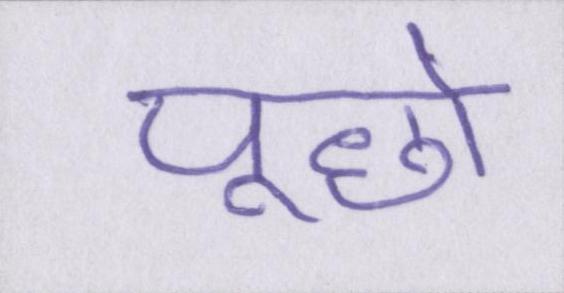
पूछो